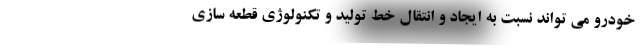
خودرو می تواند نسبت به ایجاد و انتقال خط تولید و تکنولوژی قطعه سازی